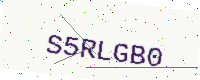
Text: S5RLGB0